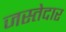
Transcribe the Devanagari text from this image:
जस्तेदार